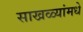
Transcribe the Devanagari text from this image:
साखळ्यांमधे